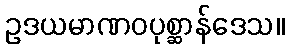
ဥဒယမာဏဝပုစ္ဆာန်ဒေသ။